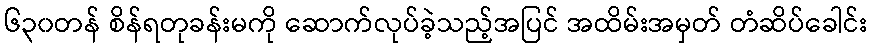
၆၃၀တန် စိန်ရတုခန်းမကို ဆောက်လုပ်ခဲ့သည့်အပြင် အထိမ်းအမှတ် တံဆိပ်ခေါင်း